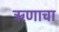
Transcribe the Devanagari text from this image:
ऋणाचा